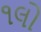
૧લો